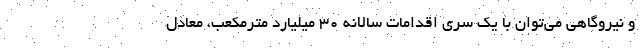
و نیروگاهی می‌توان با یک سری اقدامات سالانه ۳۰ میلیارد مترمکعب، معادل